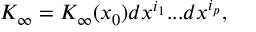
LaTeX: K _ { \infty } = K _ { \infty } ( x _ { 0 } ) d x ^ { i _ { 1 } } . . . d x ^ { i _ { p } } ,